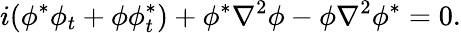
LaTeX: i(\phi^{*}\phi_{t}+\phi\phi_{t}^{*})+\phi^{*}\nabla^{2}\phi-\phi\nabla^{2}\phi^{*}=0.